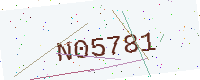
Text: N05781